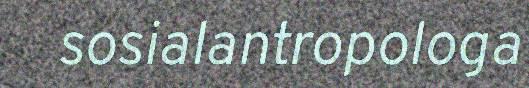
sosialantropologa